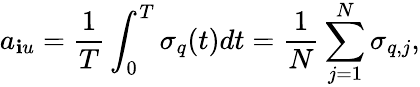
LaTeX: a_{\mathbf{i}u}=\frac{{1}}{{T}}\int_{0}^{T}\sigma_{q}(t)dt=\frac{{1}}{{N}}\sum_{j=1}^{N}\sigma_{q,j},